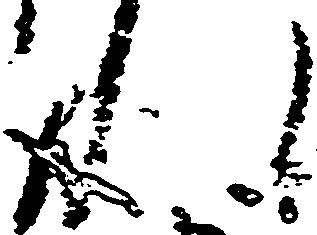
れ